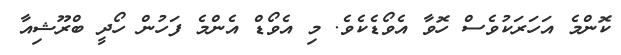
ކޮންމެ އަހަރަކުވެސް ހޮވާ އެވޯޑެކެވެ. މި އެވޯޑް އެންމެ ފަހުން ހޯދީ ބްރޫޝިއާ